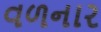
વળનાર